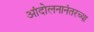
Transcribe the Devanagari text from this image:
आंदोलनानंतरच्या